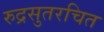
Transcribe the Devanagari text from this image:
रुद्रसुतरचित